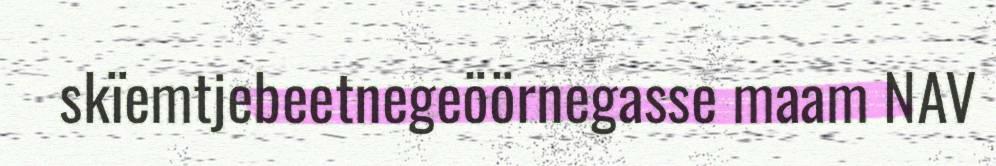
skïemtjebeetnegeöörnegasse maam NAV